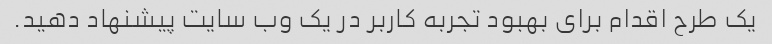
یک طرح اقدام برای بهبود تجربه کاربر در یک وب سایت پیشنهاد دهید.